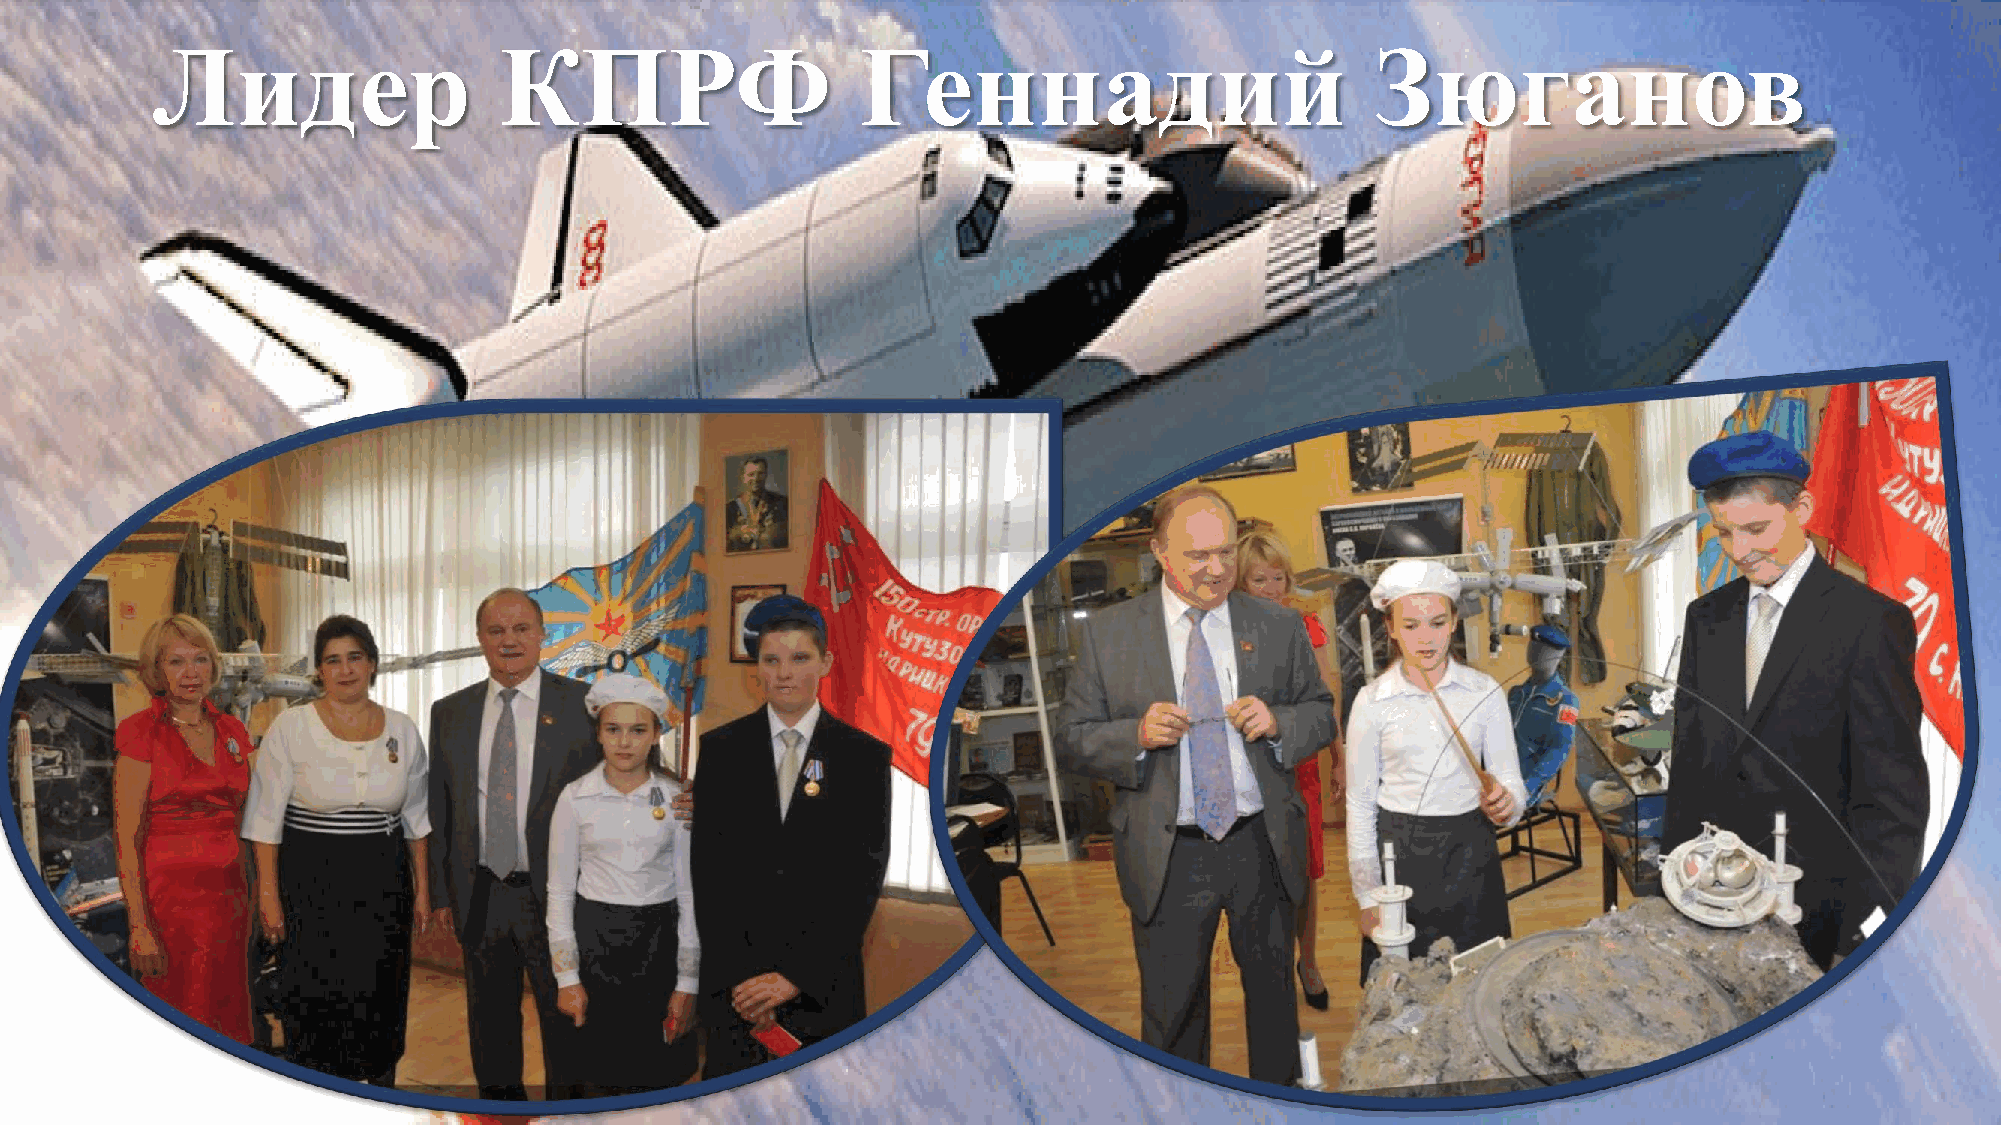
Лидер                  КПРФ                    Геннадий                          Зюганов